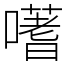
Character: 𭋦